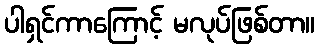
ပါရှင်ကာကြောင့် မလုပ်ဖြစ်တာ။